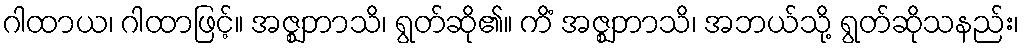
ဂါထာယ၊ ဂါထာဖြင့်။ အဇ္ဈဘာသိ၊ ရွတ်ဆို၏။ ကိံ အဇ္ဈဘာသိ၊ အဘယ်သို့ ရွတ်ဆိုသနည်း၊